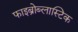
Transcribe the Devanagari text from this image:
फाइब्रोब्लास्टिक